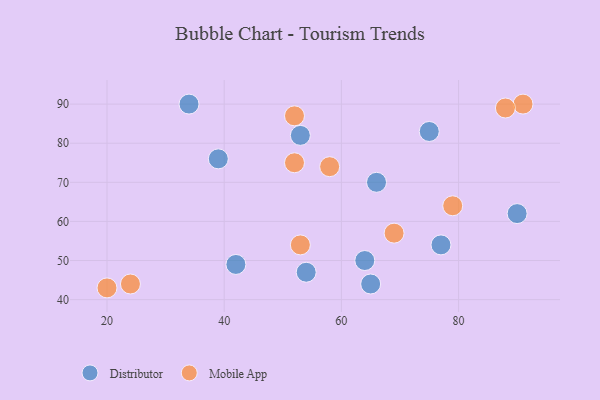
{"axis": {"x": "GDP", "y": "Life Expectancy"}, "legend": ["Distributor", "Mobile App"], "data": [{"x": "77", "y": 54, "type": "Distributor"}, {"x": "34", "y": 90, "type": "Distributor"}, {"x": "75", "y": 83, "type": "Distributor"}, {"x": "53", "y": 82, "type": "Distributor"}, {"x": "65", "y": 44, "type": "Distributor"}, {"x": "39", "y": 76, "type": "Distributor"}, {"x": "90", "y": 62, "type": "Distributor"}, {"x": "42", "y": 49, "type": "Distributor"}, {"x": "64", "y": 50, "type": "Distributor"}, {"x": "54", "y": 47, "type": "Distributor"}, {"x": "66", "y": 70, "type": "Distributor"}, {"x": "52", "y": 75, "type": "Mobile App"}, {"x": "24", "y": 44, "type": "Mobile App"}, {"x": "91", "y": 90, "type": "Mobile App"}, {"x": "79", "y": 64, "type": "Mobile App"}, {"x": "52", "y": 87, "type": "Mobile App"}, {"x": "58", "y": 74, "type": "Mobile App"}, {"x": "20", "y": 43, "type": "Mobile App"}, {"x": "53", "y": 54, "type": "Mobile App"}, {"x": "88", "y": 89, "type": "Mobile App"}, {"x": "69", "y": 57, "type": "Mobile App"}]}